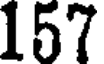
157